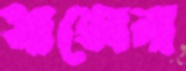
সাক্সেনা